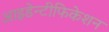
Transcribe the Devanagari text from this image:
आइडेन्टीफिकेशन